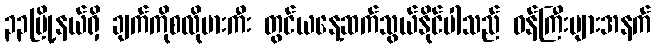
၃၃မြို့နယ်ရှိ ချက်ကိုစလိုဗားကီး တွင်ယနေ့ဆက်သွယ်နိုင်ပါသည် ဝန်ကြီးများအနက်